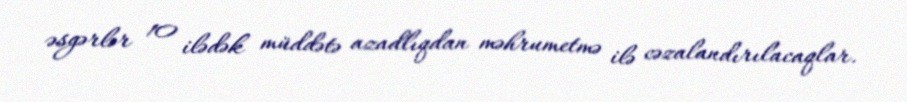
əsgərlər 10 ilədək müddətə azadlıqdan məhrumetmə ilə cəzalandırılacaqlar.